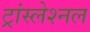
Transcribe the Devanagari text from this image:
ट्रांस्लेश्नल